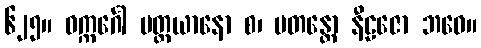
၆၂၅။ ဝက္ကင်္ဂေါ ပတ္တယာနော စ၊ ပတန္တော နီဠဇော ဘဝေ။